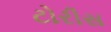
ટોરીસ